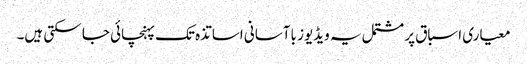
معیاری اسباق پر مشتمل یہ ویڈیوز باآسانی اساتذہ تک پہنچائی جا سکتی ہیں۔